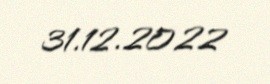
31.12.2022